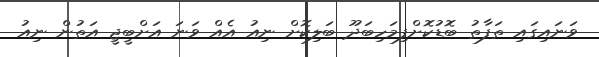
ވަނައިގައި ތަފާތު ބޮޑުކޮށްފިމަހިބަދޫ ބަލިކޮށް ނިއު އެއް ވަނަ އަށްބީޖީ އަތުން ނިއު